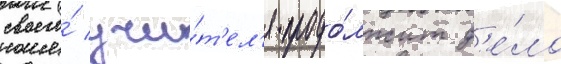
своего́ учи́т'ел'я продо́лжит д'е́ло